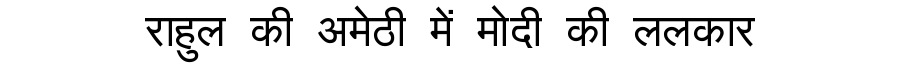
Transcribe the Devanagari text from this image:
राहुल की अमेठी में मोदी की ललकार